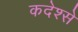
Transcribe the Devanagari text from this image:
कदेश्से